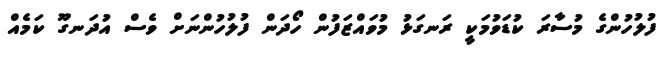
ފުލުހުންގެ މުސާރަ ކުޑަވުމަކީ ރަނގަޅު މުވައްޒަފުން ހޯދަން ފުލުހުންނަށް ވެސް އުދަނގޫ ކަމެއް